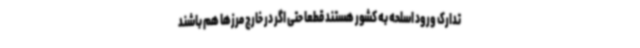
تدارک ورود اسلحه به کشور هستند قطعاً حتی اگر در خارج مرزها هم باشند